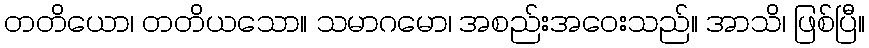
တတိယော၊ တတိယသော။ သမာဂမော၊ အစည်းအဝေးသည်။ အာသိ၊ ဖြစ်ပြီ။